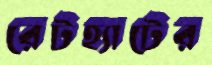
রেটহ্যাটের